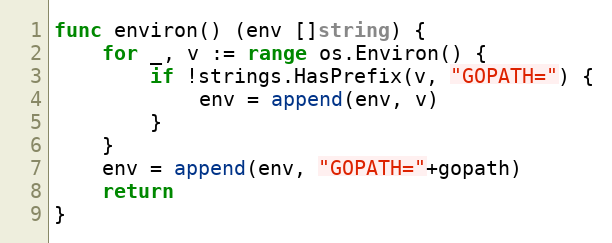
Language: Go
func environ() (env []string) {
	for _, v := range os.Environ() {
		if !strings.HasPrefix(v, "GOPATH=") {
			env = append(env, v)
		}
	}
	env = append(env, "GOPATH="+gopath)
	return
}